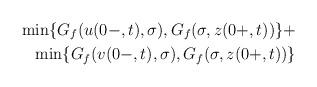
LaTeX: \begin{align*} \min\{G_f(u(0-,t),\sigma),G_f(\sigma ,z(0+,t))\} + \\ \min\{G_f(v(0-,t),\sigma),G_f(\sigma ,z(0+,t))\}\end{align*}